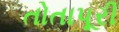
તોતાપૂરી